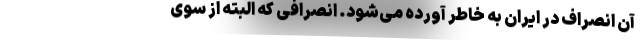
آن انصراف در ایران به خاطر آورده می‌شود. انصرافی که البته از سوی